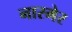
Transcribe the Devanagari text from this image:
नारमेर